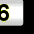
Digit: 6